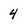
Character: 4